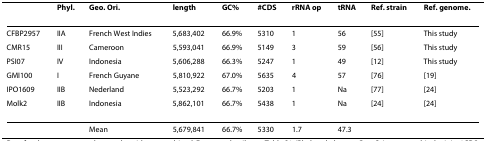
<table><thead><tr><td></td><td><b>Phyl.</b></td><td><b>Geo. Ori.</b></td><td><b>length</b></td><td><b>GC%</b></td><td><b>#CDS</b></td><td><b>rRNA op</b></td><td><b>tRNA</b></td><td><b>Ref. strain</b></td><td><b>Ref. genome.</b></td></tr></thead><tbody><tr><td>CFBP2957</td><td>IIA</td><td>French West Indies</td><td>5,683,402</td><td>66.9%</td><td>5310</td><td>1</td><td>56</td><td>[55]</td><td>This study</td></tr><tr><td>CMR15</td><td>III</td><td>Cameroon</td><td>5,593,041</td><td>66.9%</td><td>5149</td><td>3</td><td>59</td><td>[56]</td><td>This study</td></tr><tr><td>PSI07</td><td>IV</td><td>Indonesia</td><td>5,606,288</td><td>66.3%</td><td>5247</td><td>1</td><td>49</td><td>[12]</td><td>This study</td></tr><tr><td>GMI100</td><td>I</td><td>French Guyane</td><td>5,810,922</td><td>67.0%</td><td>5635</td><td>4</td><td>57</td><td>[76]</td><td>[19]</td></tr><tr><td>IPO1609</td><td>IIB</td><td>Nederland</td><td>5,523,292</td><td>66.7%</td><td>5203</td><td>1</td><td>Na</td><td>[77]</td><td>[24]</td></tr><tr><td>Molk2</td><td>IIB</td><td>Indonesia</td><td>5,862,101</td><td>66.7%</td><td>5438</td><td>1</td><td>Na</td><td>[24]</td><td>[24]</td></tr><tr><td></td><td></td><td>Mean</td><td>5,679,841</td><td>66.7%</td><td>5330</td><td>1.7</td><td>47.3</td><td></td><td></td></tr></tbody></table>